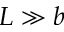
L \gg b